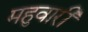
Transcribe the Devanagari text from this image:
महुवारी